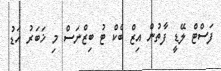
ފަސްޓް ލޭޑީ ފާތުން އިޒް ބެކް ޓު ބިޒްނަސް މި ޚަބަރު އަޑު